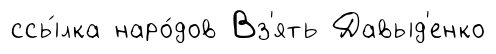
ссы́лка наро́дов Вз'ять Давыд'енко